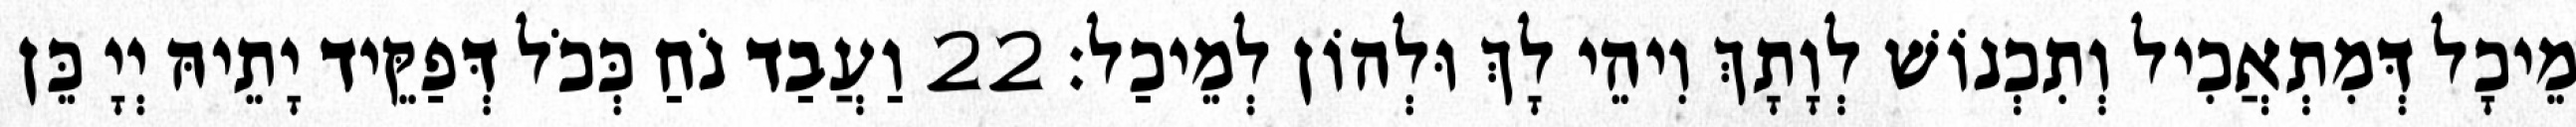
מֵיכָל דְּמִתְאֲכִיל וְתִכְנוֹשׁ לְוָתָךְ וִיהֵי לָךְ וּלְהוֹן לְמֵיכַל׃ 22 וַעֲבַד נֹחַ כְּכֹל דְּפַקֵּיד יָתֵיהּ יְיָ כֵּן